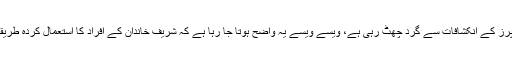
جیسے جیسے پاناما پیپرز کے انکشافات سے گرد چھٹ رہی ہے، ویسے ویسے یہ واضح ہوتا جا رہا ہے کہ شریف خاندان کے افراد کا استعمال کردہ طریقہ کوئی منفرد نہیں تھا۔